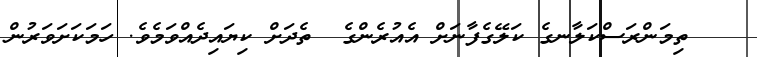
ތިމަންރަސްކަލާނގެ ކަލޭގެފާނަށް އެއުރެންގެ  ތެދަށް ކިޔައިދެއްވަމެވެ. ހަމަކަށަވަރުން